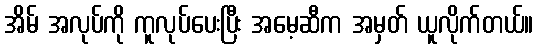
အိမ် အလုပ်ကို ကူလုပ်ပေးပြီး အမေ့ဆီက အမှတ် ယူလိုက်တယ်။